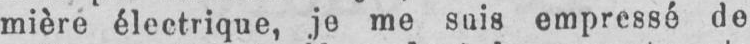
mière électrique, je me suis empressé de